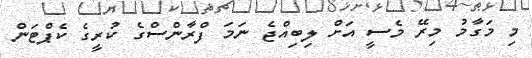
މި މަގާމު މިރޭ މެސީ އަށް ލިބިއްޖެ ނަމަ ފްރާންސްގެ ކުރީގެ ކެޕްޓަން